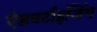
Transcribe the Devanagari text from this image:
ऐडवर्टाइजिंग